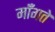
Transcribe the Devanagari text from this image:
मॉँगते